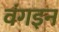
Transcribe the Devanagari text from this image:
वंगइन